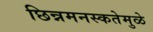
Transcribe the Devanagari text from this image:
छिन्नमनस्कतेमुळे